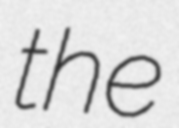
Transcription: the